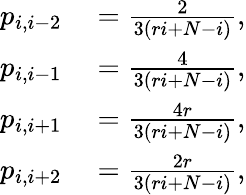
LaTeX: \begin{array}{rl}{p_{i,i-2}}&{{}=\frac{2}{3(ri+N-i)},}\\ {p_{i,i-1}}&{{}=\frac{4}{3(ri+N-i)},}\\ {p_{i,i+1}}&{{}=\frac{4r}{3(ri+N-i)},}\\ {p_{i,i+2}}&{{}=\frac{2r}{3(ri+N-i)},}\end{array}